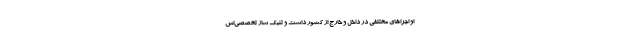
او اجراهای مختلفی در داخل و خارج از کشور داشت و تنبک ساز تخصصی‌اش